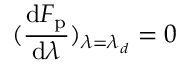
( \frac { \mathrm { d } F _ { \mathrm { p } } } { \mathrm { d } \lambda } ) _ { \lambda = \lambda _ { d } } = 0